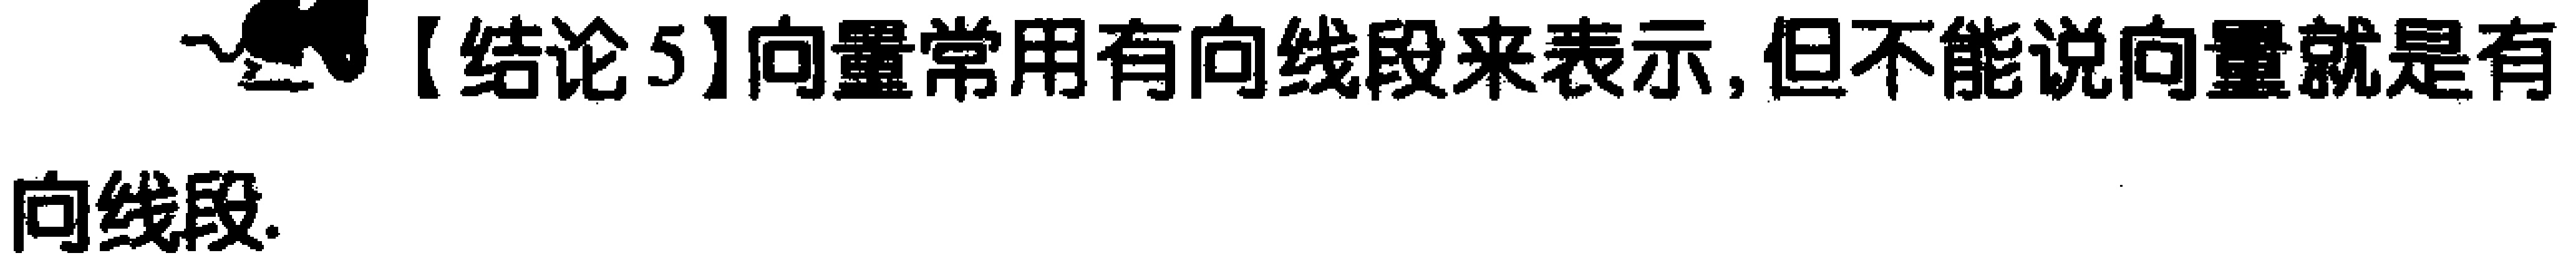
【结论5】向量常用有向线段来表示,但不能说向量就是有向线段.